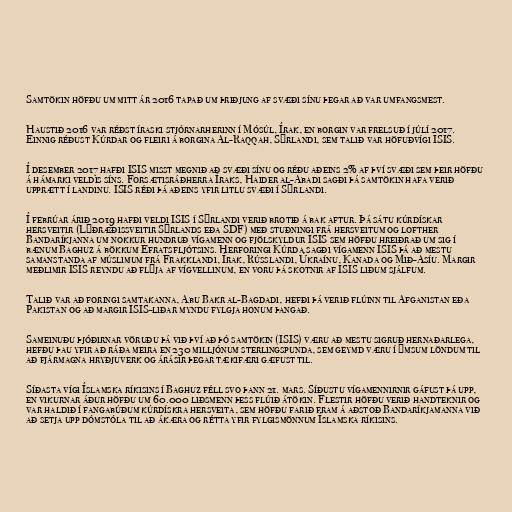
Samtökin höfðu um mitt ár 2016 tapað um þriðjung af svæði sínu þegar að var umfangsmest.

Haustið 2016 var réðst íraski stjórnarherinn í Mósúl, Írak, en borgin var frelsuð í júlí 2017.
Einnig réðust Kúrdar og fleiri á borgina Al-Raqqah, Sýrlandi, sem talið var höfuðvígi ISIS.

Í desember 2017 hafði ISIS misst megnið að svæði sínu og réðu aðeins 2% af því svæði sem þeir höfðu
á hámarki veldis síns. Forsætisráðherra Íraks, Haider al-Abadi sagði þá samtökin hafa verið
upprætt í landinu. ISIS réði þá aðeins yfir litlu svæði í Sýrlandi.

Í febrúar árið 2019 hafði veldi ISIS í Sýrlandi verið brotið á bak aftur. Þá sátu kúrdískar
hersveitir (Lýðræðissveitir Sýrlands eða SDF) með stuðningi frá hersveitum og lofther
Bandaríkjanna um nokkur hundruð vígamenn og fjölskyldur ISIS sem höfðu hreiðrað um sig í
bænum Baghuz á bökkum Efratsfljótsins. Herforingi Kúrda sagði vígamenn ISIS þá að mestu
samanstanda af múslimum frá Frakklandi, Írak, Rússlandi, Úkraínu, Kanada og Mið-Asíu. Margir
meðlimir ISIS reyndu að flýja af vígvellinum, en voru þá skotnir af ISIS liðum sjálfum.

Talið var að foringi samtakanna, Abu Bakr al-Bagdadi, hefði þá verið flúinn til Afganistan eða
Pakistan og að margir ISIS-liðar myndu fylgja honum þangað.

Sameinuðu þjóðirnar vöruðu þá við því að þó samtökin (ISIS) væru að mestu sigruð hernaðarlega,
hefðu þau yfir að ráða meira en 230 milljónum sterlingspunda, sem geymd væru í ýmsum löndum til
að fjármagna hryðjuverk og árásir þegar tækifæri gæfust til.

Síðasta vígi Íslamska ríkisins í Baghuz féll svo þann 21. mars. Síðustu vígamennirnir gáfust þá upp,
en vikurnar áður höfðu um 60.000 liðsmenn þess flúið átökin. Flestir höfðu verið handteknir og
var haldið í fangabúðum kúrdískra hersveita, sem höfðu farið fram á aðstoð Bandaríkjamanna við
að setja upp dómstóla til að ákæra og rétta yfir fylgismönnum Íslamska ríkisins.